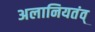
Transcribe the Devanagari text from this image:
अलानियतंव्